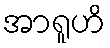
အာရူဟိ